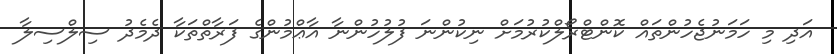
އަދި މި ހަމަނުޖެހުންތައް ކޮންޓްރޯލްކުރުމަށް ނިކުންނަ ފުލުހުންނާ އާޢްމުންގެ ފަރާތްތަކާ ދެމެދު ސިލްސިލާ